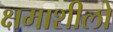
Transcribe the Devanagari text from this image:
क्षमाशीलों